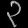
Digit: ၃